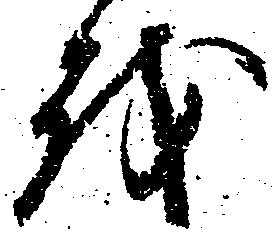
を